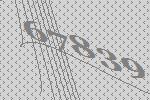
67839